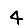
Digit: 4